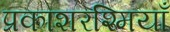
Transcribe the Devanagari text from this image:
प्रकाशरश्मियाँ